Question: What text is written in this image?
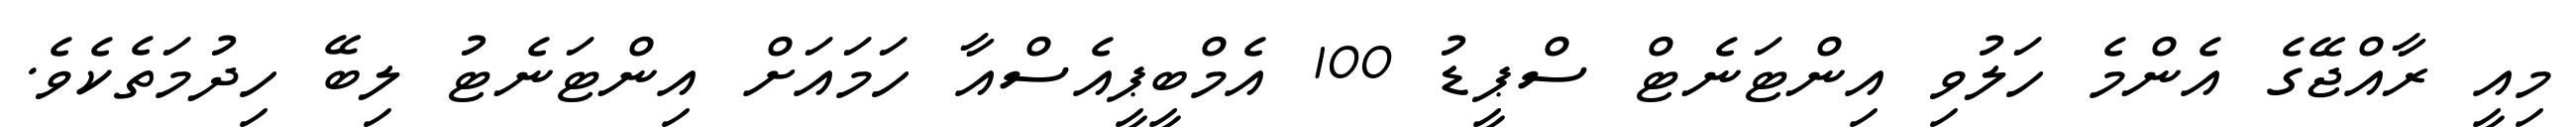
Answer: މިއީ ރާއްޖޭގެ އެންމެ ހަލުވި އިންޓަނެޓް ސްޕީޑު 100 އެމްބީޕީއެސްއާ ހަމައަށް އިންޓަނެޓު ލިބޭ ހިދުމަތެކެވެ.